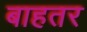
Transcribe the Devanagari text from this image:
बाहतर